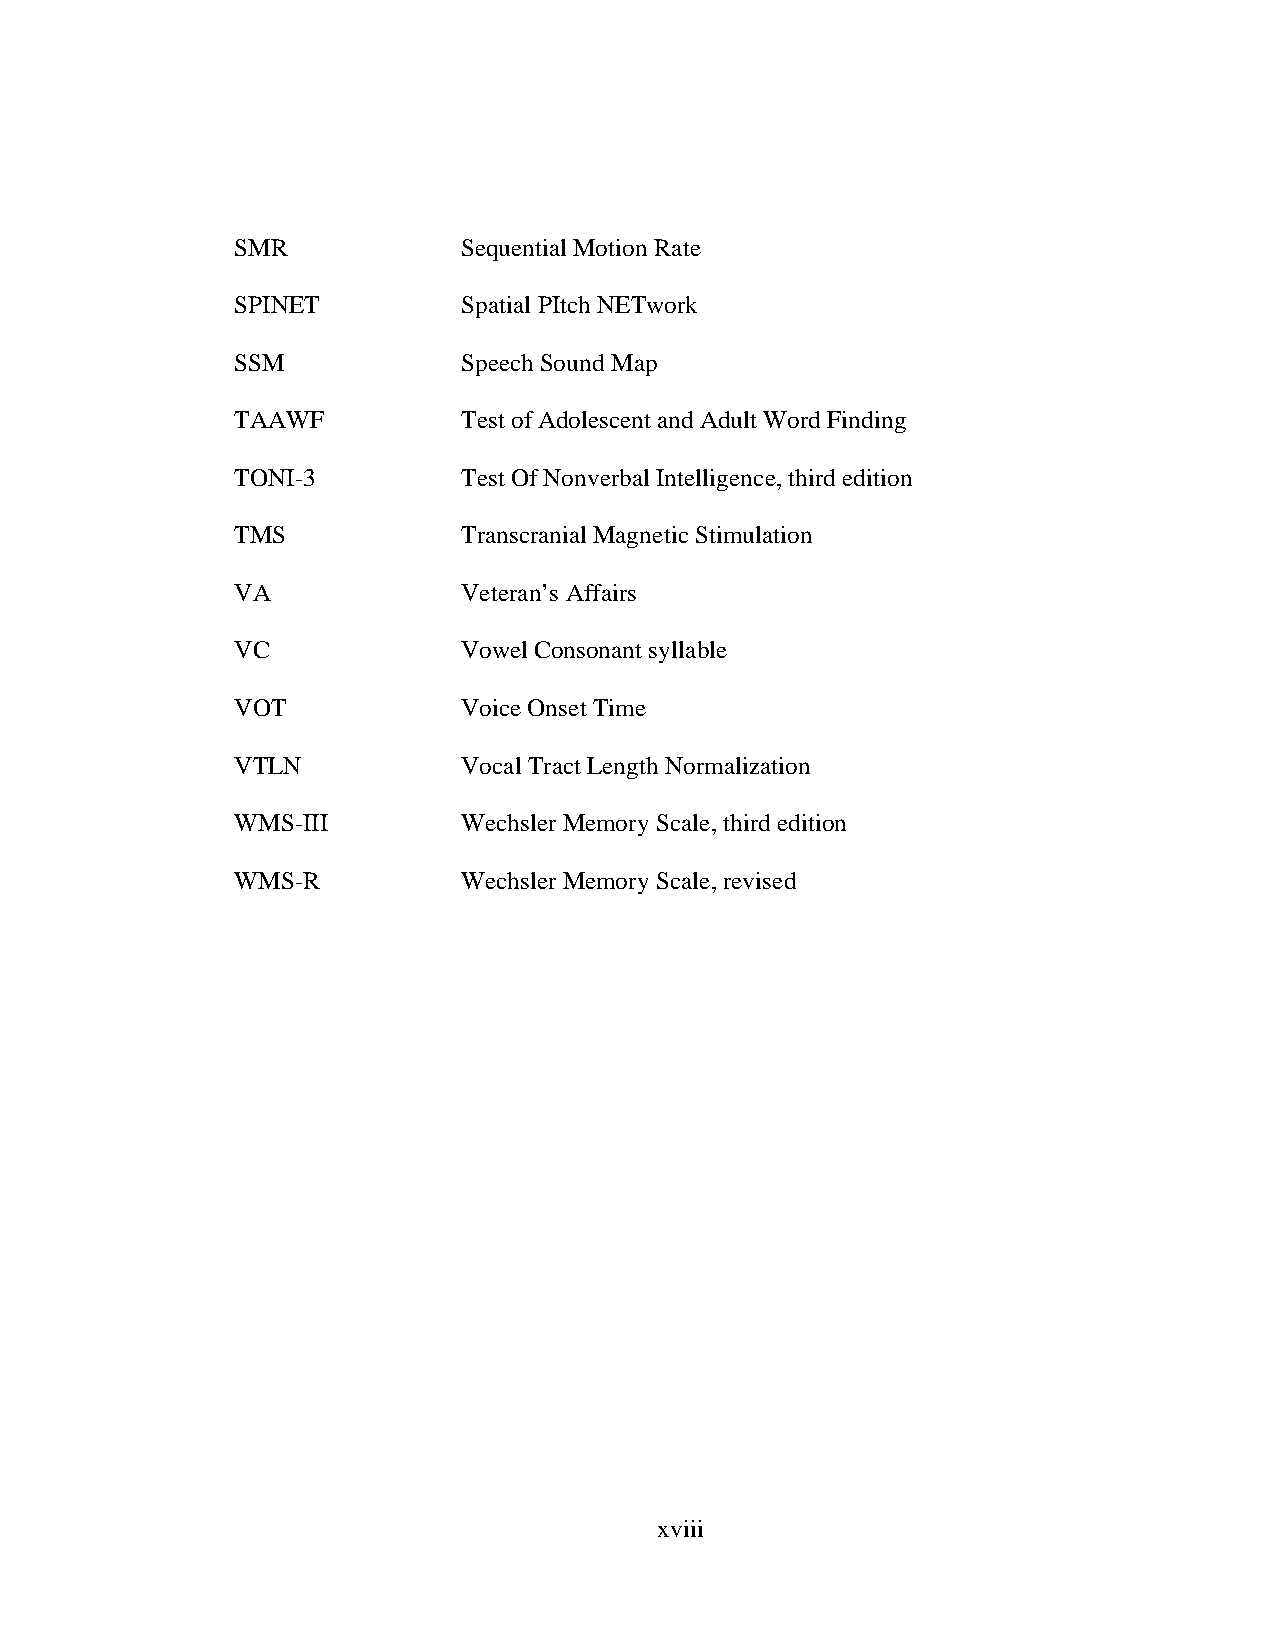
SMR            Sequential Motion Rate
 SPINET         Spatial PItch NETwork
 SSM            Speech Sound Map
 TAAWF          Test of Adolescent and Adult Word Finding
 TONI-3         Test Of Nonverbal Intelligence, third edition
 TMS            Transcranial Magnetic Stimulation
 VA             Veteran’s Affairs
 VC             Vowel Consonant syllable
 VOT            Voice Onset Time
 VTLN           Vocal Tract Length Normalization
 WMS-III        Wechsler Memory Scale, third edition
 WMS-R          Wechsler Memory Scale, revised
 xviii